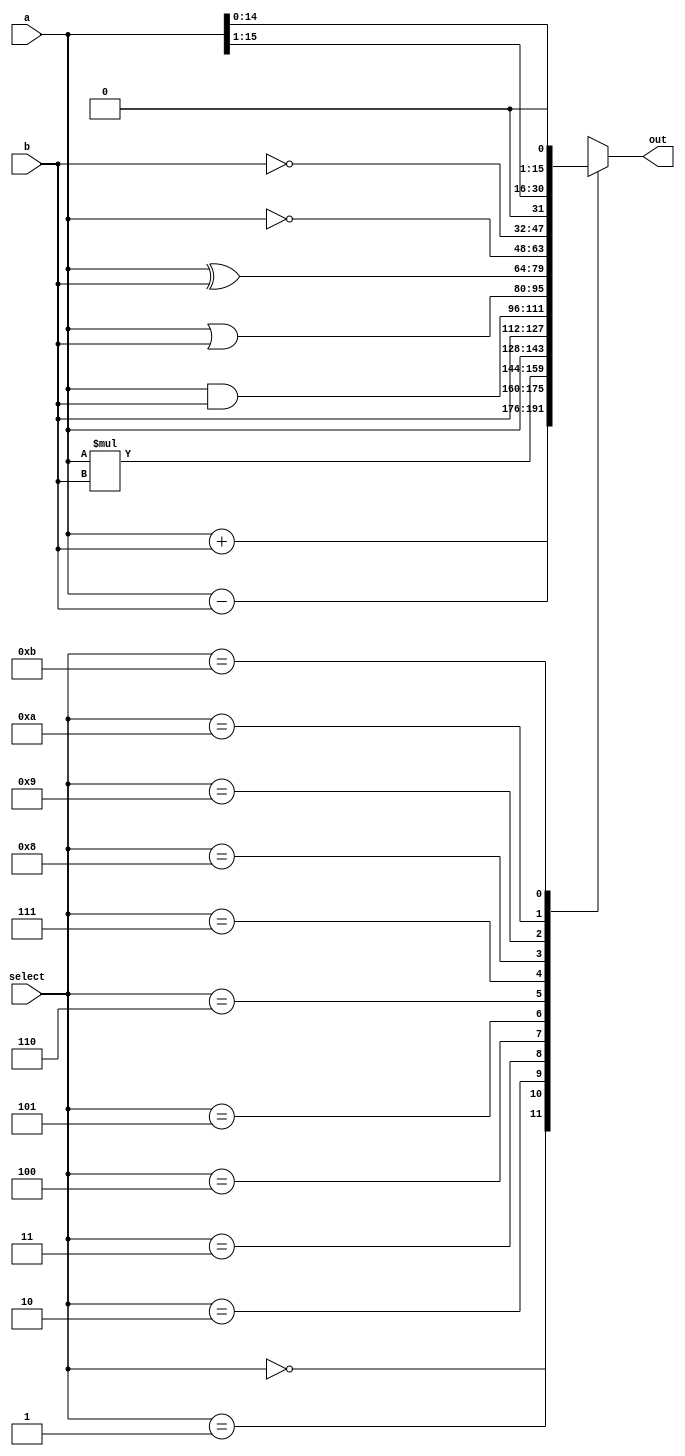
module comb(output reg[15:0]  out,
            input [15:0] a,b,
            input [3:0] select);
    
    always@(*) begin 
        case(select)
        0: out = a+b;
        1: out = a-b;
        2: out = a*b;
        3: out = a;
        4: out = b;
        5: out = a&b;
        6: out = a|b;
        7: out = a^b;
        8: out = ~a;
        9: out = ~b;
        10: out = (a>>1);
        11: out = (a<<1);
        default: out = 16'hxxxx;
        endcase 
    end 
endmodule